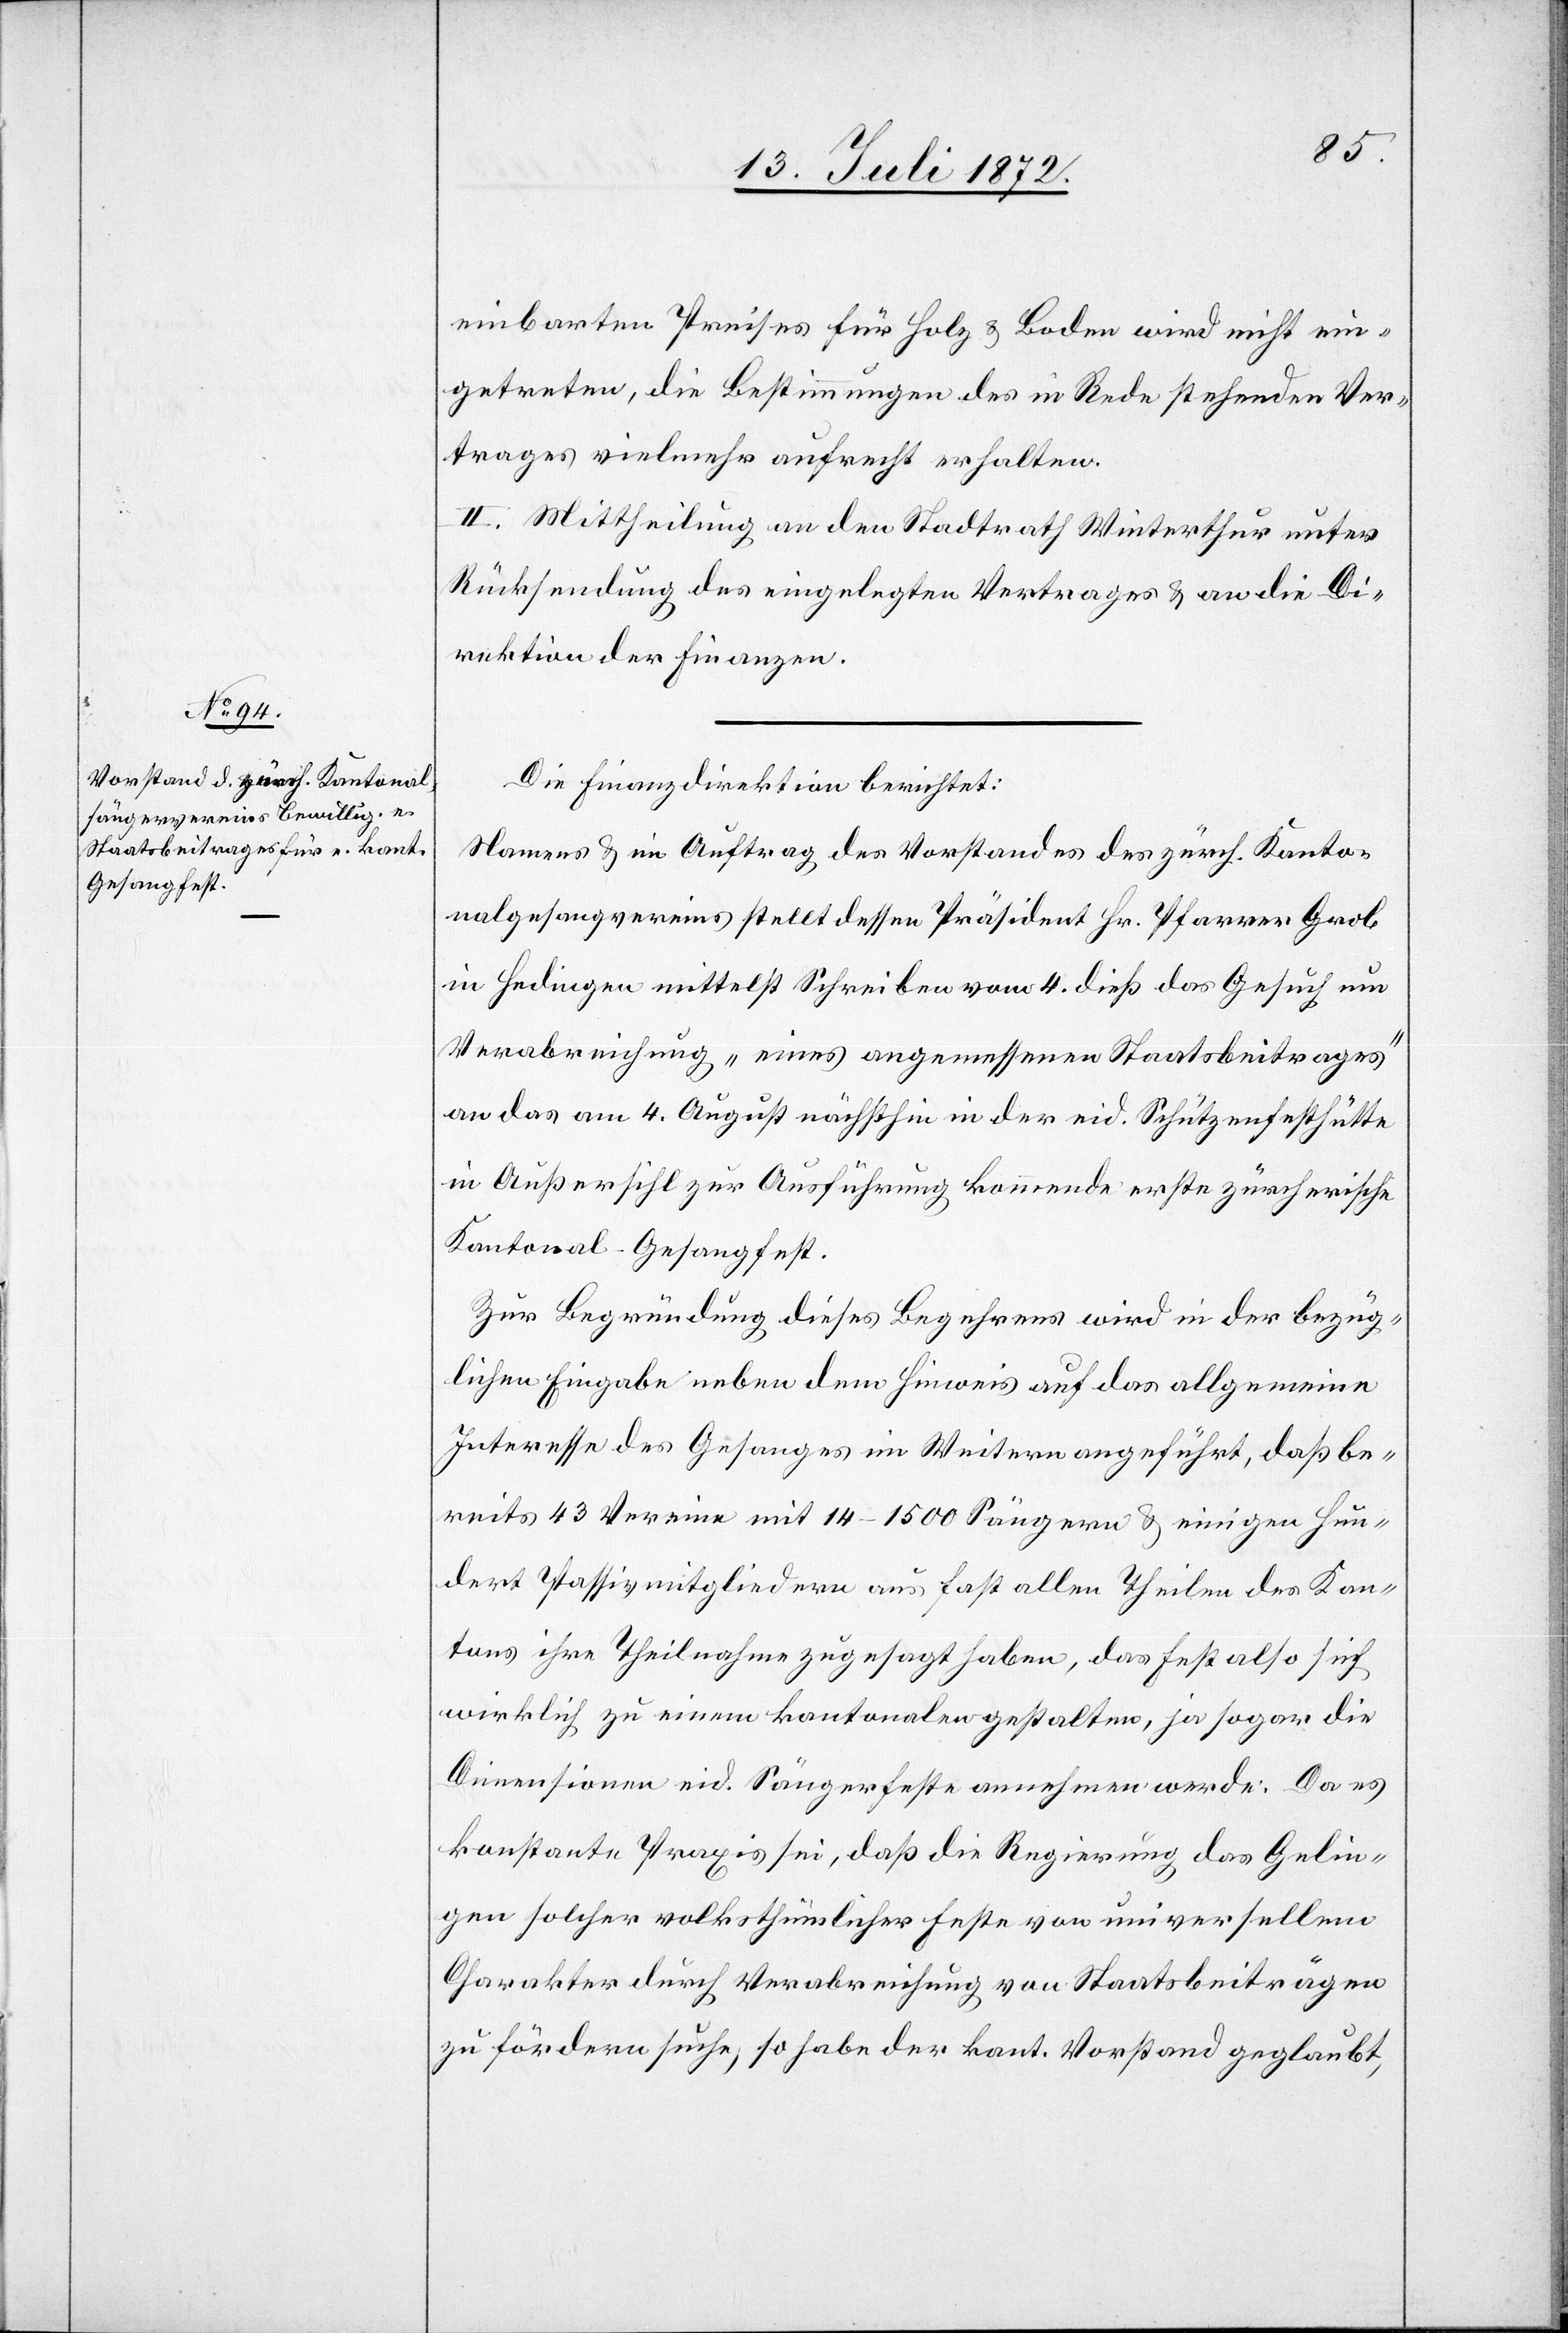
einbarten Preises für Holz u. Boden wird nicht ein¬
getreten, die Bestimmungen des in Rede stehenden Ver¬
trages vielmehr aufrecht erhalten.
II. Mittheilung an den Stadtrath Winterthur unter
Rücksendung des eingelegten Vertrages u. an die Di¬
rektion der Finanzen.
Die Finanzdirektion berichtet:
Namens u. im Auftrag des Vorstandes des zürch. Kanto¬
nalgesangvereins stellt dessen Präsident Hr. Pfarrer Grob
in Hedingen mittelst Schreiben vom 4. dieß das Gesuch um
Verabreichung „eines angemessenen Staatsbeitrages“
an das am 4. August nächsthin in der eid. Schützenfesthütte
in Außersihl zur Ausführung kommende erste zürcherische
Kantonal-Gesangfest.
Zur Begründung dieses Begehrens wird in der bezüg¬
lichen Eingabe neben dem Hinweis auf das allgemeine
Interesse des Gesanges im Weitern angeführt, daß be¬
reits 43 Vereine mit 14–1500 Sängern u. einigen hun¬
dert Passivmitgliedern aus fast allen Theilen des Kan¬
tons ihre Theilnahme zugesagt haben, das Fest also sich
wirklich zu einem kantonalen gestalten, ja sogar die
Dimensionen eid. Sängerfeste annehmen werde. Da es
konstante Praxis sei, daß die Regierung das Gelin¬
gen solcher volksthümlicher Feste von universellem
Charakter durch Verabreichung von Staatsbeiträgen
zu fördern suche, so habe der kant. Vorstand geglaubt,